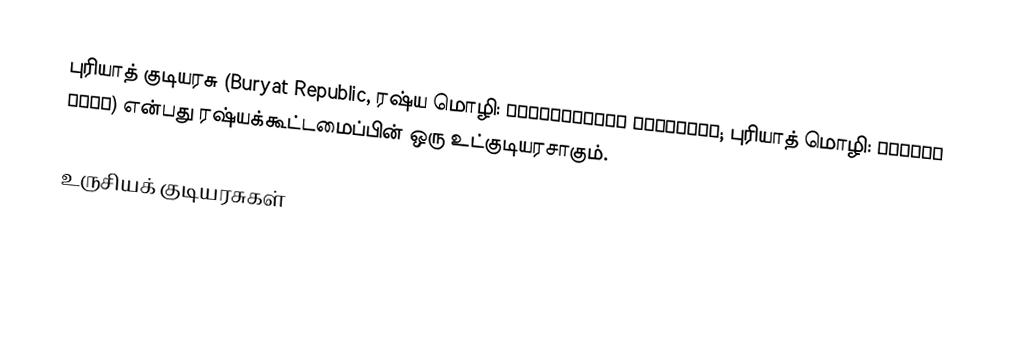
புரியாத் குடியரசு (Buryat Republic, ரஷ்ய மொழி: Респу́блика Буря́тия; புரியாத் மொழி: Буряад Улас) என்பது ரஷ்யக்கூட்டமைப்பின் ஒரு உட்குடியரசாகும்.

உருசியக் குடியரசுகள்